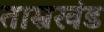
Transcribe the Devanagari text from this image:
ताम्रखंड